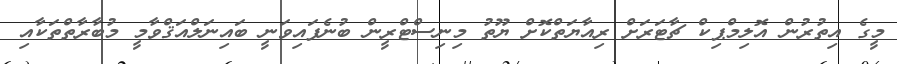
މީގެ އިތުރުން އޮލިމްޕިކް ޗާޓަރަށް ރިއާޔަތްކޮށް ޔޫތު މިނިސްޓްރީން ބުނެފައިވަނީ ބައިނަލްއަޤްވާމީ މުބާރާތްތަކާއި